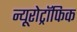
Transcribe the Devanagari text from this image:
न्यूरोट्रॉफिक